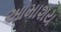
આમાશય